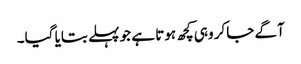
آگے جاکر وہی کچھ ہوتا ہے جو پہلے بتایا گیا۔